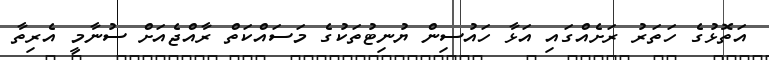
އަތޮޅުގެ ހަތަރު ރަށެއްގައި އަޅާ ހައުސިން ޔުނިޓުތަކުގެ މަސައްކަތް ރާއްޖެއަށް ސުނާމީ އެރިތާ